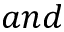
a n d